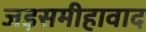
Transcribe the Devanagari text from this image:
जड़समीहावाद